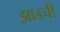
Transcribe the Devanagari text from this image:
झाडची